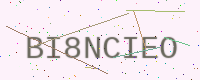
Text: BI8NCIEO